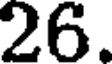
26.